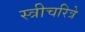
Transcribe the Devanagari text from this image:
स्त्रीचरित्रे